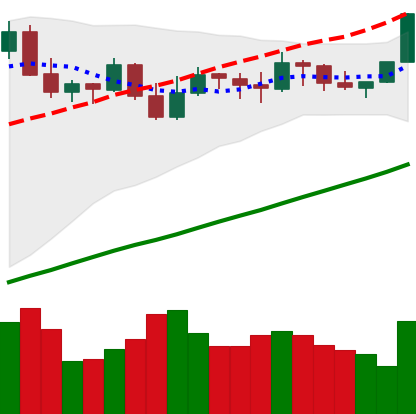
Ticker: BTC-USD
Chart end date: 2021-11-08
Forward return: -4.584%
Label: down_3_5